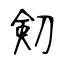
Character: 𠝏